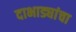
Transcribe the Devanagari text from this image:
दाभाड्यांचा